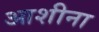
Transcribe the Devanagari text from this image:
आशीना